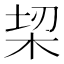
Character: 𣑧